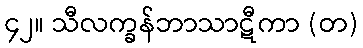
၄၂။ သီလက္ခန်ဘာသာဋီကာ (တ)